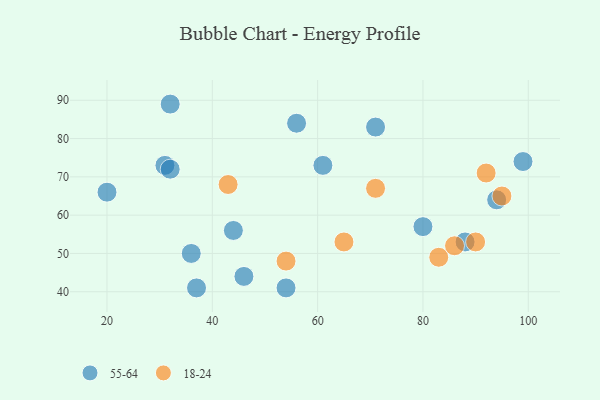
{"axis": {"x": "GDP", "y": "Life Expectancy"}, "legend": ["18-24", "55-64"], "data": [{"x": "71", "y": 83, "type": "55-64"}, {"x": "61", "y": 73, "type": "55-64"}, {"x": "31", "y": 73, "type": "55-64"}, {"x": "32", "y": 72, "type": "55-64"}, {"x": "44", "y": 56, "type": "55-64"}, {"x": "37", "y": 41, "type": "55-64"}, {"x": "46", "y": 44, "type": "55-64"}, {"x": "99", "y": 74, "type": "55-64"}, {"x": "80", "y": 57, "type": "55-64"}, {"x": "88", "y": 53, "type": "55-64"}, {"x": "54", "y": 41, "type": "55-64"}, {"x": "56", "y": 84, "type": "55-64"}, {"x": "36", "y": 50, "type": "55-64"}, {"x": "94", "y": 64, "type": "55-64"}, {"x": "20", "y": 66, "type": "55-64"}, {"x": "32", "y": 89, "type": "55-64"}, {"x": "90", "y": 53, "type": "18-24"}, {"x": "65", "y": 53, "type": "18-24"}, {"x": "71", "y": 67, "type": "18-24"}, {"x": "83", "y": 49, "type": "18-24"}, {"x": "86", "y": 52, "type": "18-24"}, {"x": "43", "y": 68, "type": "18-24"}, {"x": "92", "y": 71, "type": "18-24"}, {"x": "54", "y": 48, "type": "18-24"}, {"x": "95", "y": 65, "type": "18-24"}]}